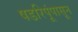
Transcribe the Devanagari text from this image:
षडरिपूंपासून